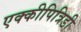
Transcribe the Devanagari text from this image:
एक्कीपित्रिडी